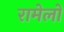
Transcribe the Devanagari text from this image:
रामेलो